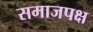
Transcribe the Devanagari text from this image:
समाजपक्ष